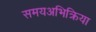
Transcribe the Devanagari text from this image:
समयअभिक्रिया